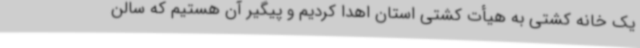
یک خانه کشتی به هیأت کشتی استان اهدا کردیم و پیگیر آن هستیم که سالن